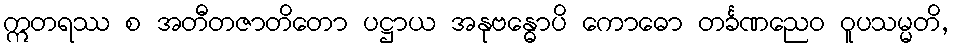
ဣတရဿ စ အတီတဇာတိတော ပဋ္ဌာယ အနုဗန္ဓောပိ ကောဓော တင်္ခဏညေဝ ဝူပသမ္မတိ,